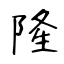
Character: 隆